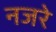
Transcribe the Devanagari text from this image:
नजरे